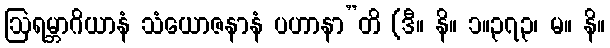
ဩရမ္ဘာဂိယာနံ သံယောဇနာနံ ပဟာနာ”တိ (ဒီ။ နိ။ ၁။၃၇၃၊ မ။ နိ။